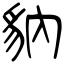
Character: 豽